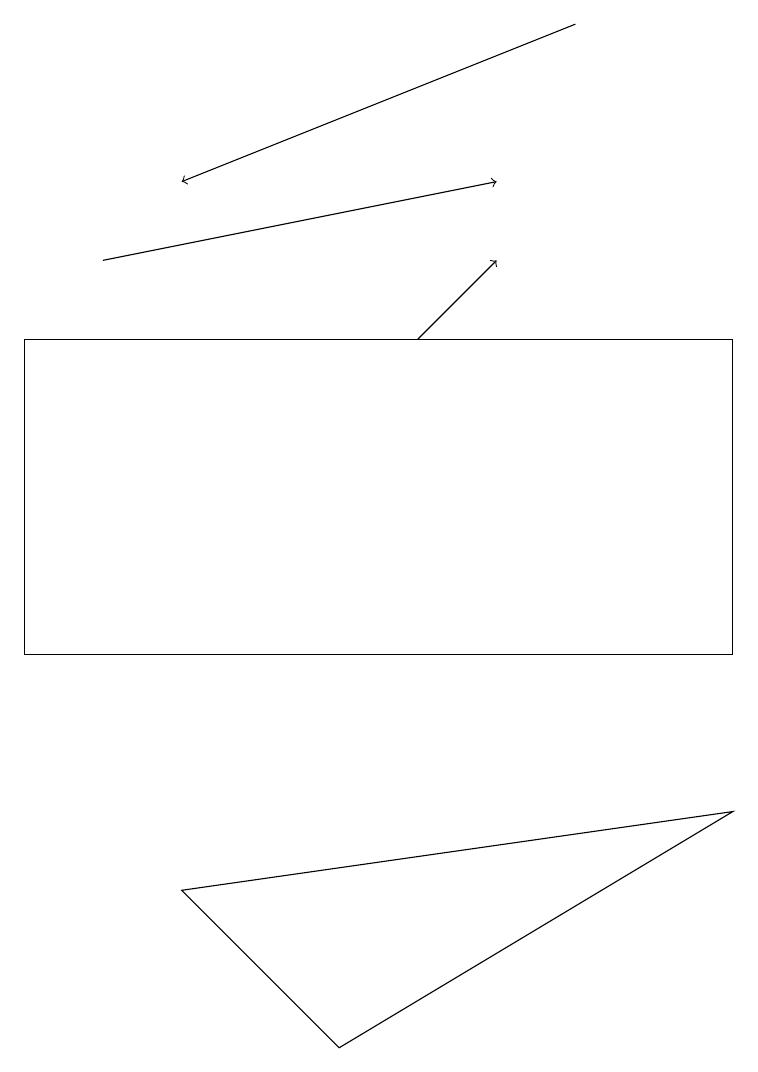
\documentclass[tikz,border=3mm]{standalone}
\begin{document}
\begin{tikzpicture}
\draw[->] (5,15) -- (6,16);
\draw[->] (1,16) -- (6,17);
\draw[->] (7,19) -- (2,17);
\draw (2,8) -- (4,6) -- (9,9) -- cycle;
\draw (0,11) rectangle (9,15);
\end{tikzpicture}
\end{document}